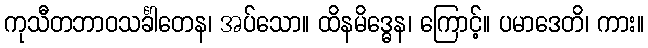
ကုသီတဘာဝသင်္ခါတေန၊ အပ်သော။ ထိနမိဒ္ဓေန၊ ကြောင့်။ ပမာဒေတိ၊ ကား။